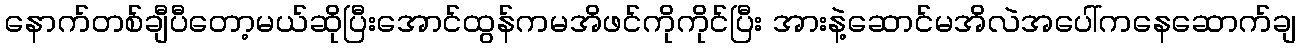
နောက်တစ်ချီပီတော့မယ်ဆိုပြီးအောင်ထွန်ကမအိဖင်ကိုကိုင်ပြီး အားနဲ့ဆောင်မအိလဲအပေါ်ကနေဆောက်ချ